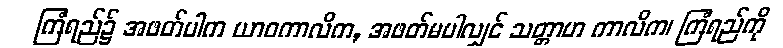
ကြံရည်၌ အဖတ်ပါက ယာဝကာလိက, အဖတ်မပါလျှင် သတ္တာဟ ကာလိက၊ ကြံရည်ကို